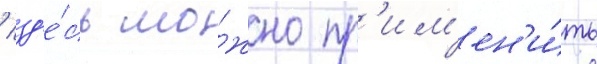
/ зд'е́сь мо́жно пр'им'ен'и́ть